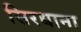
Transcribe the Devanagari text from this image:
सिरधाना